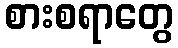
စားစရာတွေ